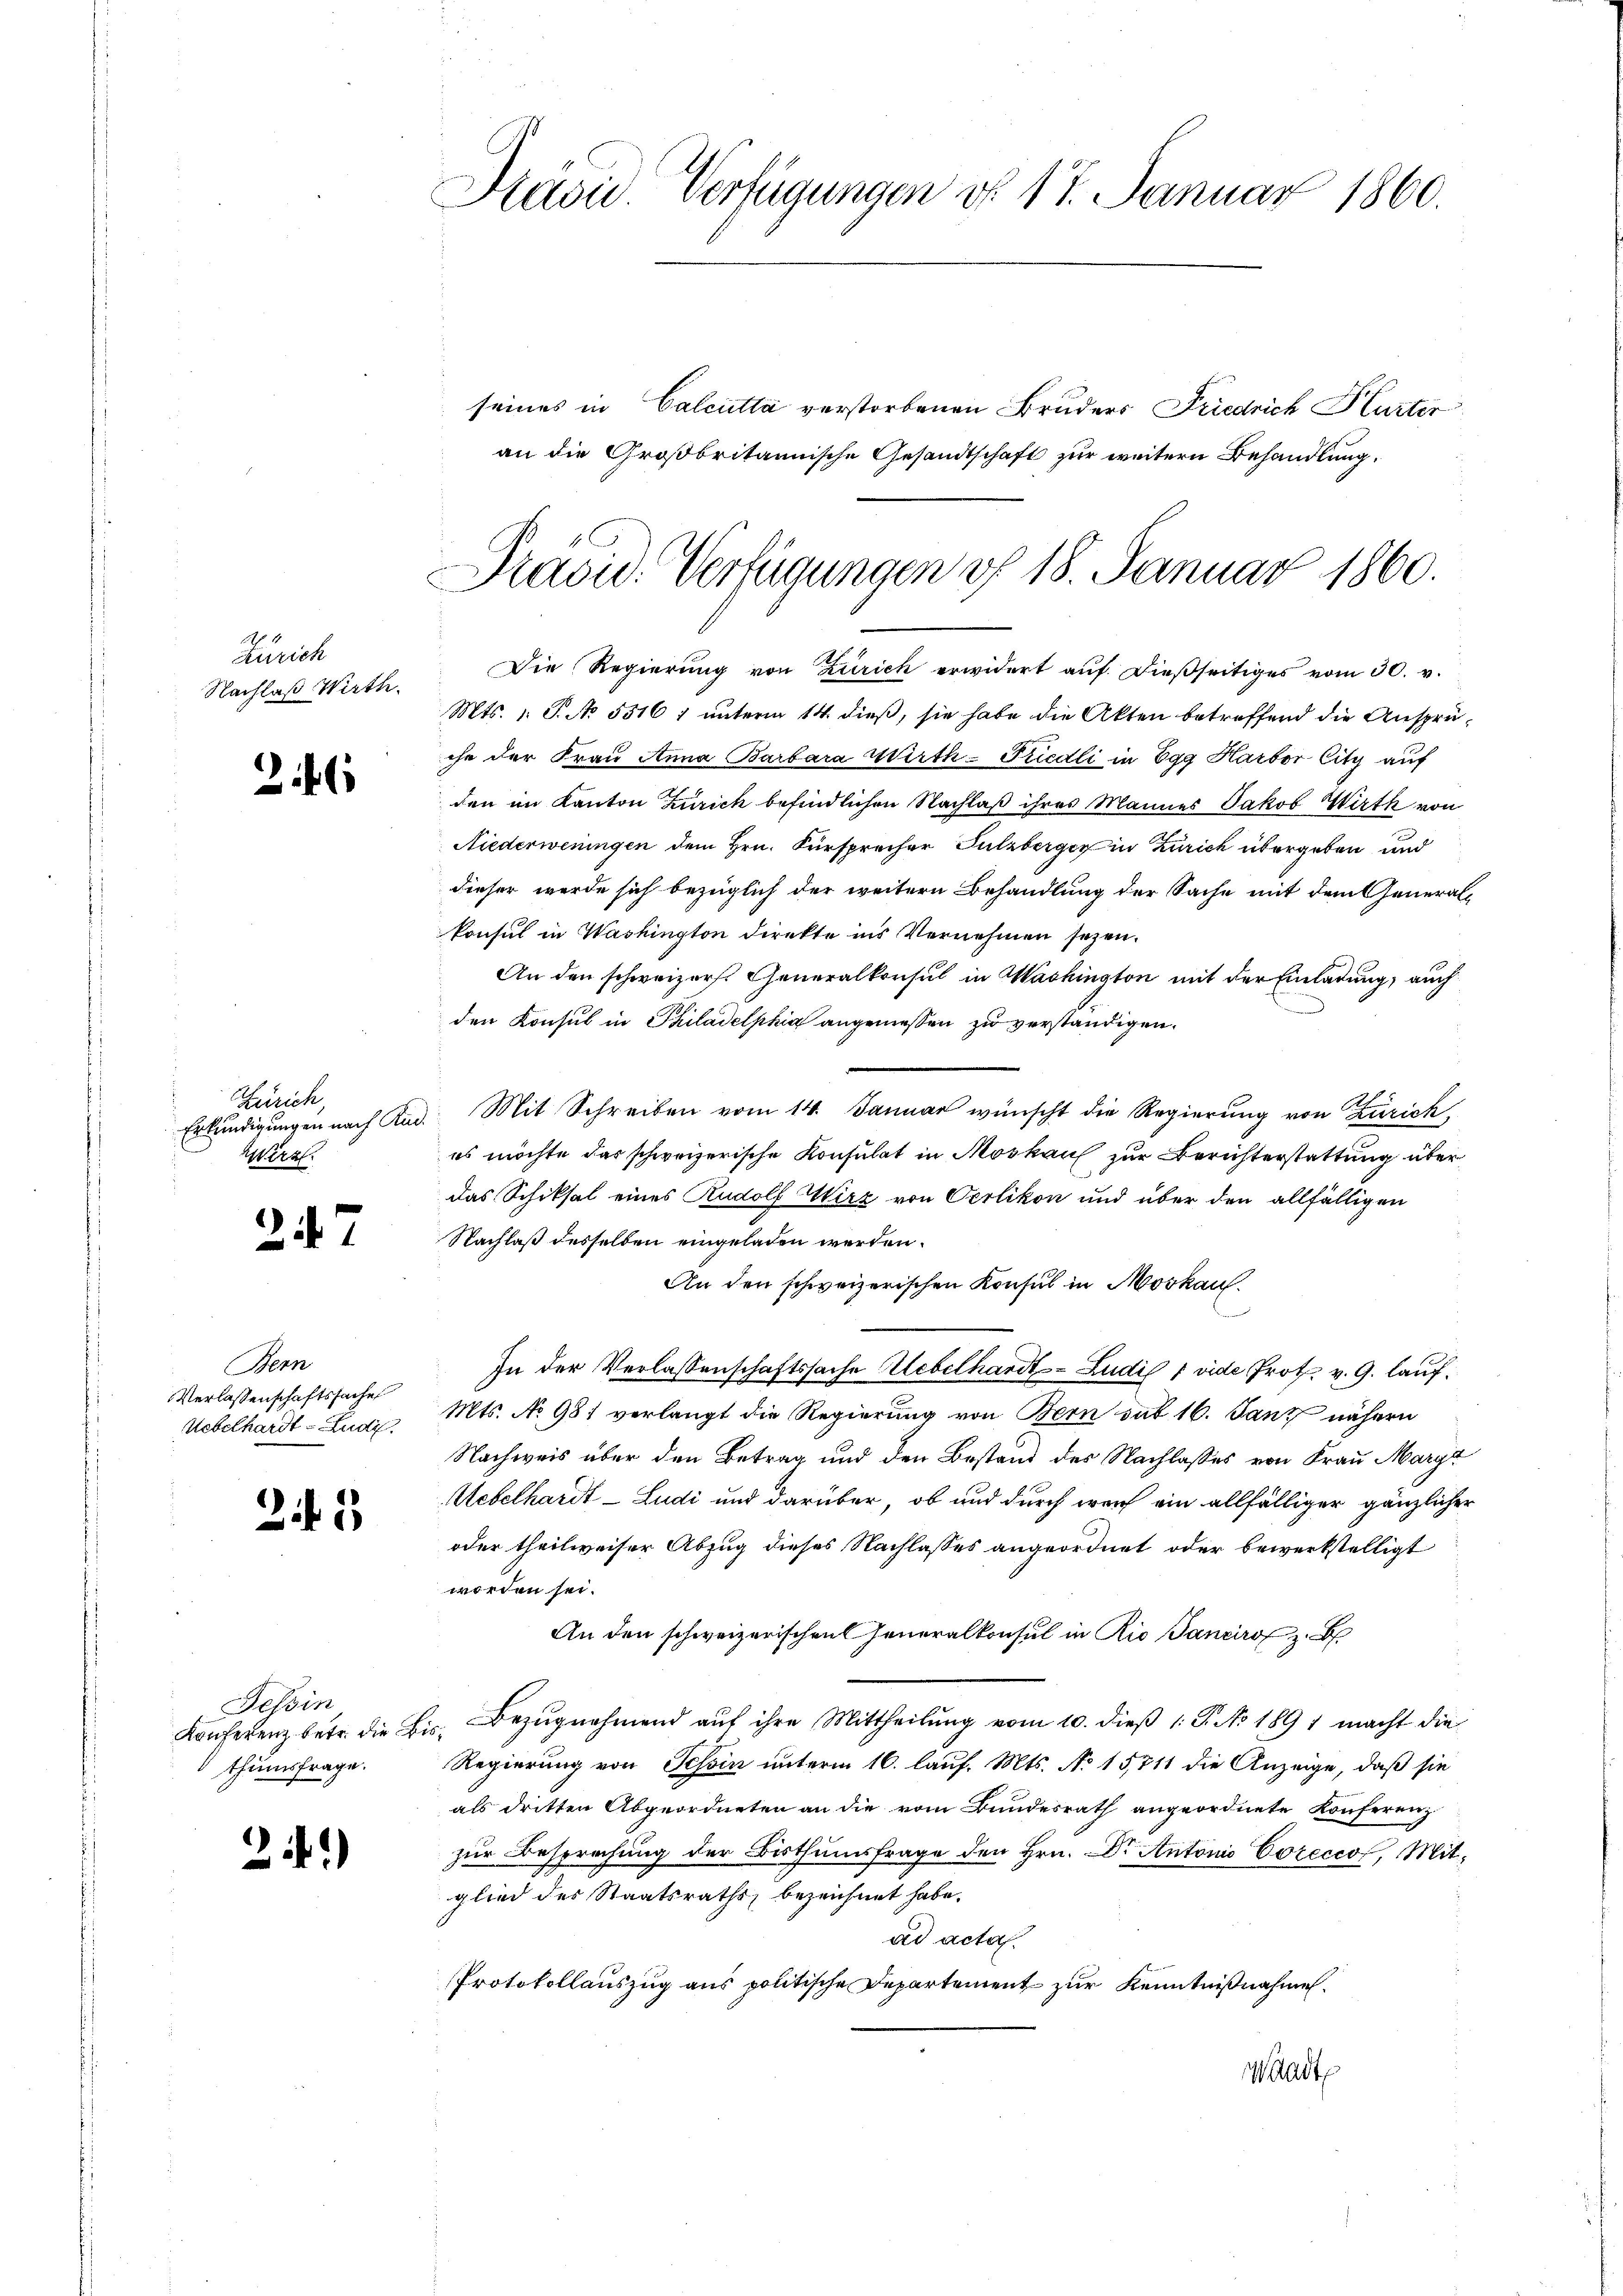
Zürich
Nachlaß Wirthe

26

Hanck,
Wirz

247

Bern
Verlassenschaftssache
Uebelhardt-Ludi.

25

Tessin
Konferenz betr. die
thumsfrage.

24)

Präsid. Verfügungen d. 17. Januar 1860.

seines in Calcutta verstorbenen Bruders Friedrich Hurter
an die Großbritannische Gesandtschaft zur weitern Behandlung,

Pravid. Verfügungen d. 18. Januar 1860.

Die Regierung von Zürich erwidert auf dießseitiges vom 30. v.
Mts. 1. S. No 5316 1 unterm 14. dieß, sie habe die Akten betreffend die Ansprüche der Frau Anna Barbara Wirth-Friedli in Egg Harbor City auf
den im Kanton Zürich befindlichen Nachlaß ihres Mannes Jakob Wirth von
Niederweningen dem Hrn. Fürsprecher Sulzberger in Zürich übergeben und
dieser werde sich bezüglich der weitern Behandlung der Sache mit dem Generalkonsul in Washington direkte ins Vernehmen seyen.
An den schweizers. Generalkonsul in Washington mit der Einladung, auch
den Konsul in Philadelphia angemessen zu verständigen.
Erkundigungen nach Kad. Mit Schreiben vom 14. Januar wünscht die Regierung von Zürich,
es möchte das schweizerische Konsulat in Moskau zur Berichterstattung über
das Schiksal eines Rudolf Wirz von Oerlikon und über den allfälligen
Nachlaß desselben eingeladen werden.
An den schweizerischen Konsul in Moskauf.
In der Verlassenschaftssache Uebelhardt-Ludis 1 vide Prot. v. G. lauf¬
Mts. No 981 verlangt die Regierung von Bern das 16. Tanz nähern
Nachweis über den Betrag und den Bestand des Nachlasses von Frau Margz
Uebelhardt - Ludi und darüber, ob und durch warf ein allfälliger gänzlicher
oder theilweiser Abzug dieses Nachlasses angeordnet oder bewerkstelligt
worden sei.
An den schweizerischen Generalkonsul in Rio Sancirof. B
Bezŭgnehmend aŭf ihre Mittheilung vom 10. dieβ 1: P. No 1891 macht die
.
Regierung von Tessin unterm 16. lauf. Mts. No 15711 die Anzeige, daß sie
als dritten Abgeordneten an die vom Bundesrath angeordnete Konferenz
zur Besprechung der Bisthumsfrage den Hrn. Dr Antonis Corecco, Mitglied des Staatsraths, bezeichnet habe.
ad acta.
Protokollauszug aus politische Departement zur Kenntnißnahmen.
Waadt